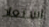
استعاد